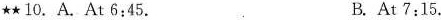
\star \star 10. A.At 6:45. B. At 7:15.